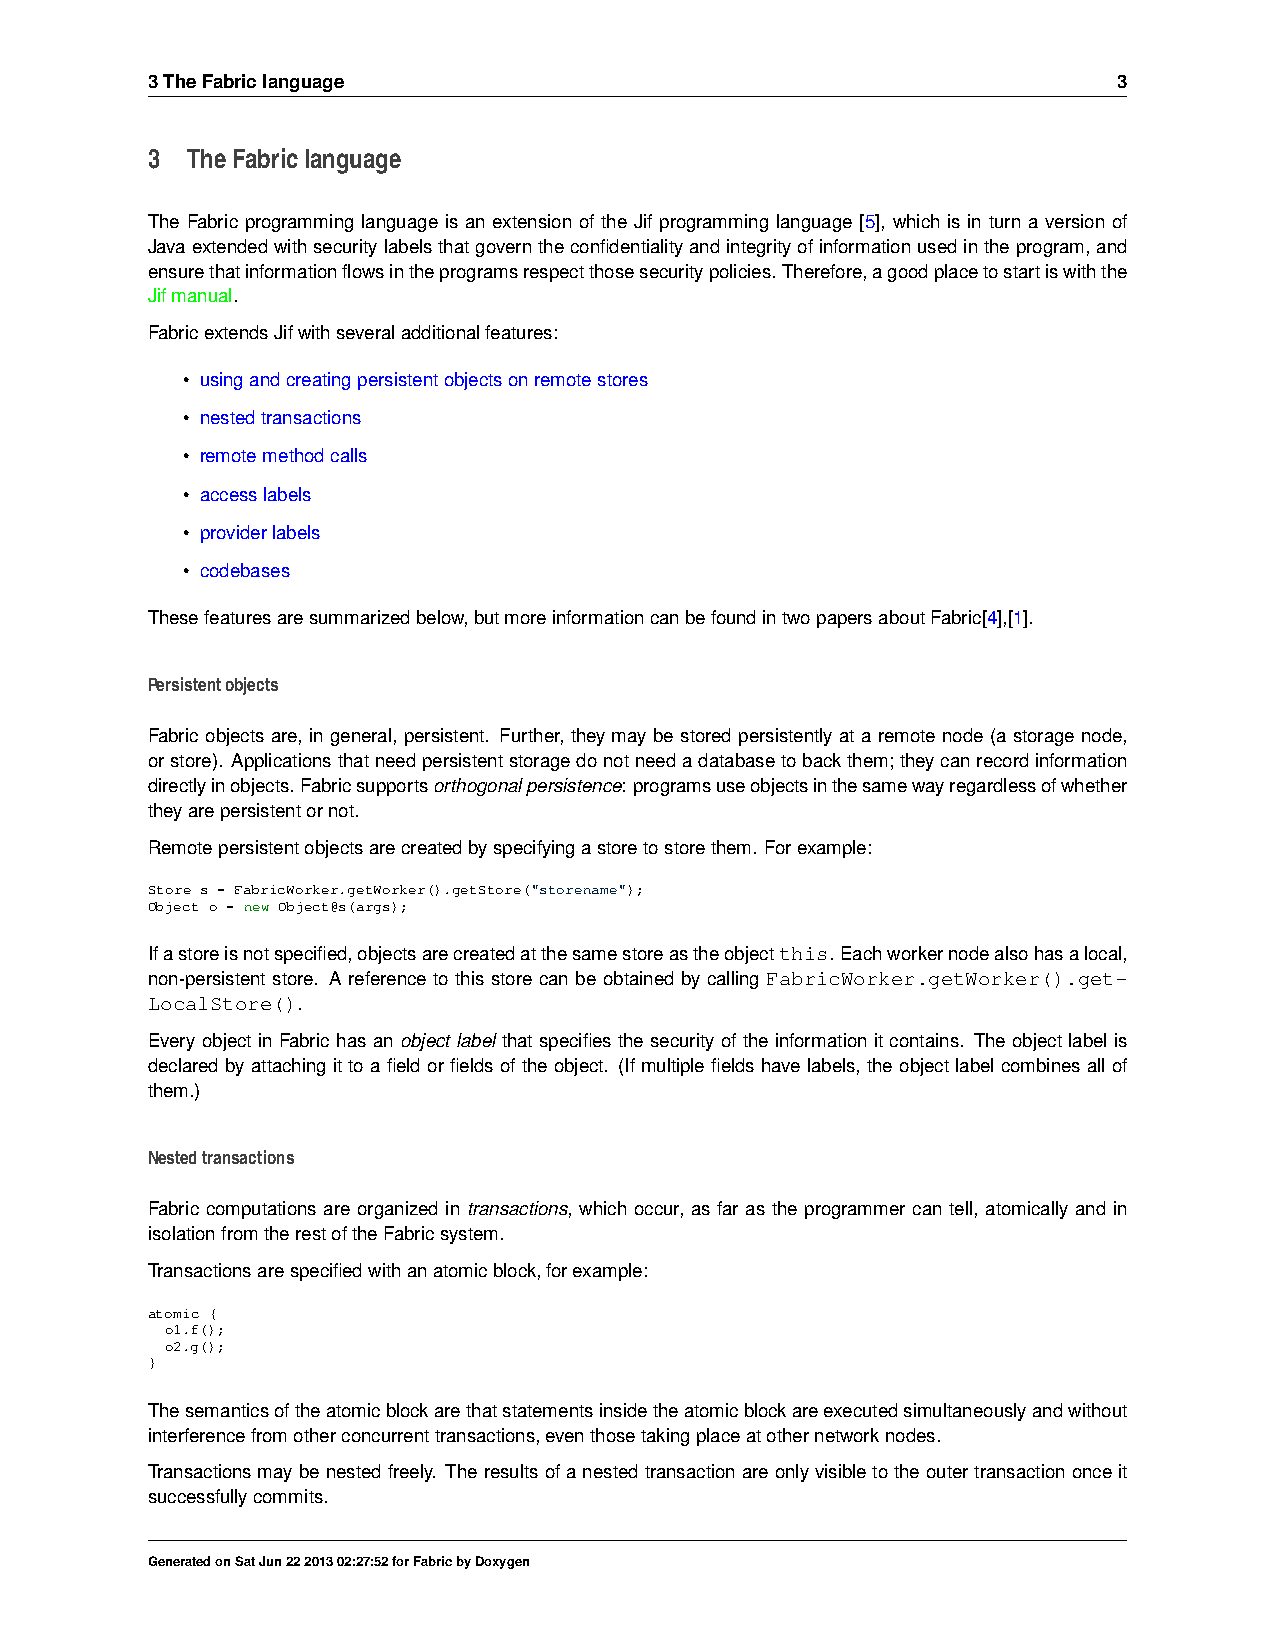
3TheFabriclanguage                                              3
 3 TheFabriclanguage
 The Fabric programming language is an extension of the Jif programming language [5], which is in turn a version of
 Javaextendedwithsecuritylabelsthatgoverntheconfidentialityandintegrityofinformationusedintheprogram,and
 ensurethatinformationflowsintheprogramsrespectthosesecuritypolicies. Therefore,agoodplacetostartiswiththe
 Jifmanual.
 FabricextendsJifwithseveraladditionalfeatures:
 • usingandcreatingpersistentobjectsonremotestores
 • nestedtransactions
 • remotemethodcalls
 • accesslabels
 • providerlabels
 • codebases
 Thesefeaturesaresummarizedbelow,butmoreinformationcanbefoundintwopapersaboutFabric[4],[1].
 Persistentobjects
 Fabricobjects are, in general, persistent. Further, theymay bestored persistentlyata remotenode (astoragenode,
 orstore). Applicationsthatneedpersistentstoragedonotneedadatabasetobackthem;theycanrecordinformation
 directlyinobjects.Fabricsupportsorthogonalpersistence:programsuseobjectsinthesamewayregardlessofwhether
 theyarepersistentornot.
 Remotepersistentobjectsarecreatedbyspecifyingastoretostorethem. Forexample:
 Store s = FabricWorker.getWorker().getStore("storename");
 Object o = new Object@s(args);
 Ifastoreisnotspecified,objectsarecreatedatthesamestoreastheobjectthis. Eachworkernodealsohasalocal,
 non-persistent store. A reference to this store can be obtained by calling FabricWorker.getWorker().get-
 LocalStore().
 Every object in Fabric has an object label that specifies the security of the information it contains. The object label is
 declaredbyattachingittoafieldorfieldsoftheobject. (Ifmultiplefieldshavelabels, theobjectlabelcombinesallof
 them.)
 Nestedtransactions
 Fabric computations are organized in transactions, which occur, as far as the programmer can tell, atomically and in
 isolationfromtherestoftheFabricsystem.
 Transactionsarespecifiedwithanatomicblock,forexample:
 atomic {
 o1.f();
 o2.g();
 }
 Thesemanticsoftheatomicblockarethatstatementsinsidetheatomicblockareexecutedsimultaneouslyandwithout
 interferencefromotherconcurrenttransactions,eventhosetakingplaceatothernetworknodes.
 Transactionsmaybenestedfreely. Theresultsofanestedtransactionareonlyvisibletotheoutertransactiononceit
 successfullycommits.
 GeneratedonSatJun22201302:27:52forFabricbyDoxygen